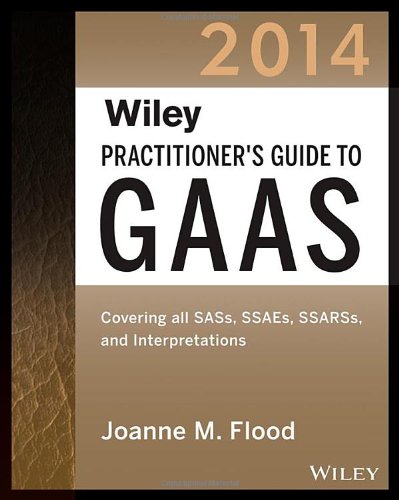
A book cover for Wiley Practitioner's Guide to GAAS 2014: Covering all SASs, SSAEs, SSARSs, and Interpretations (Wiley Regulatory Reporting); Joanne M. Flood; Test Preparation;